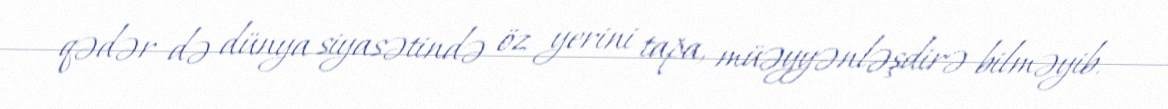
qədər də dünya siyasətində öz yerini tapa, müəyyənləşdirə bilməyib.